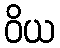
ဝိယ